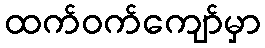
ထက်ဝက်ကျော်မှာ